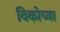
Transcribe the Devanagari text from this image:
विकोच्या